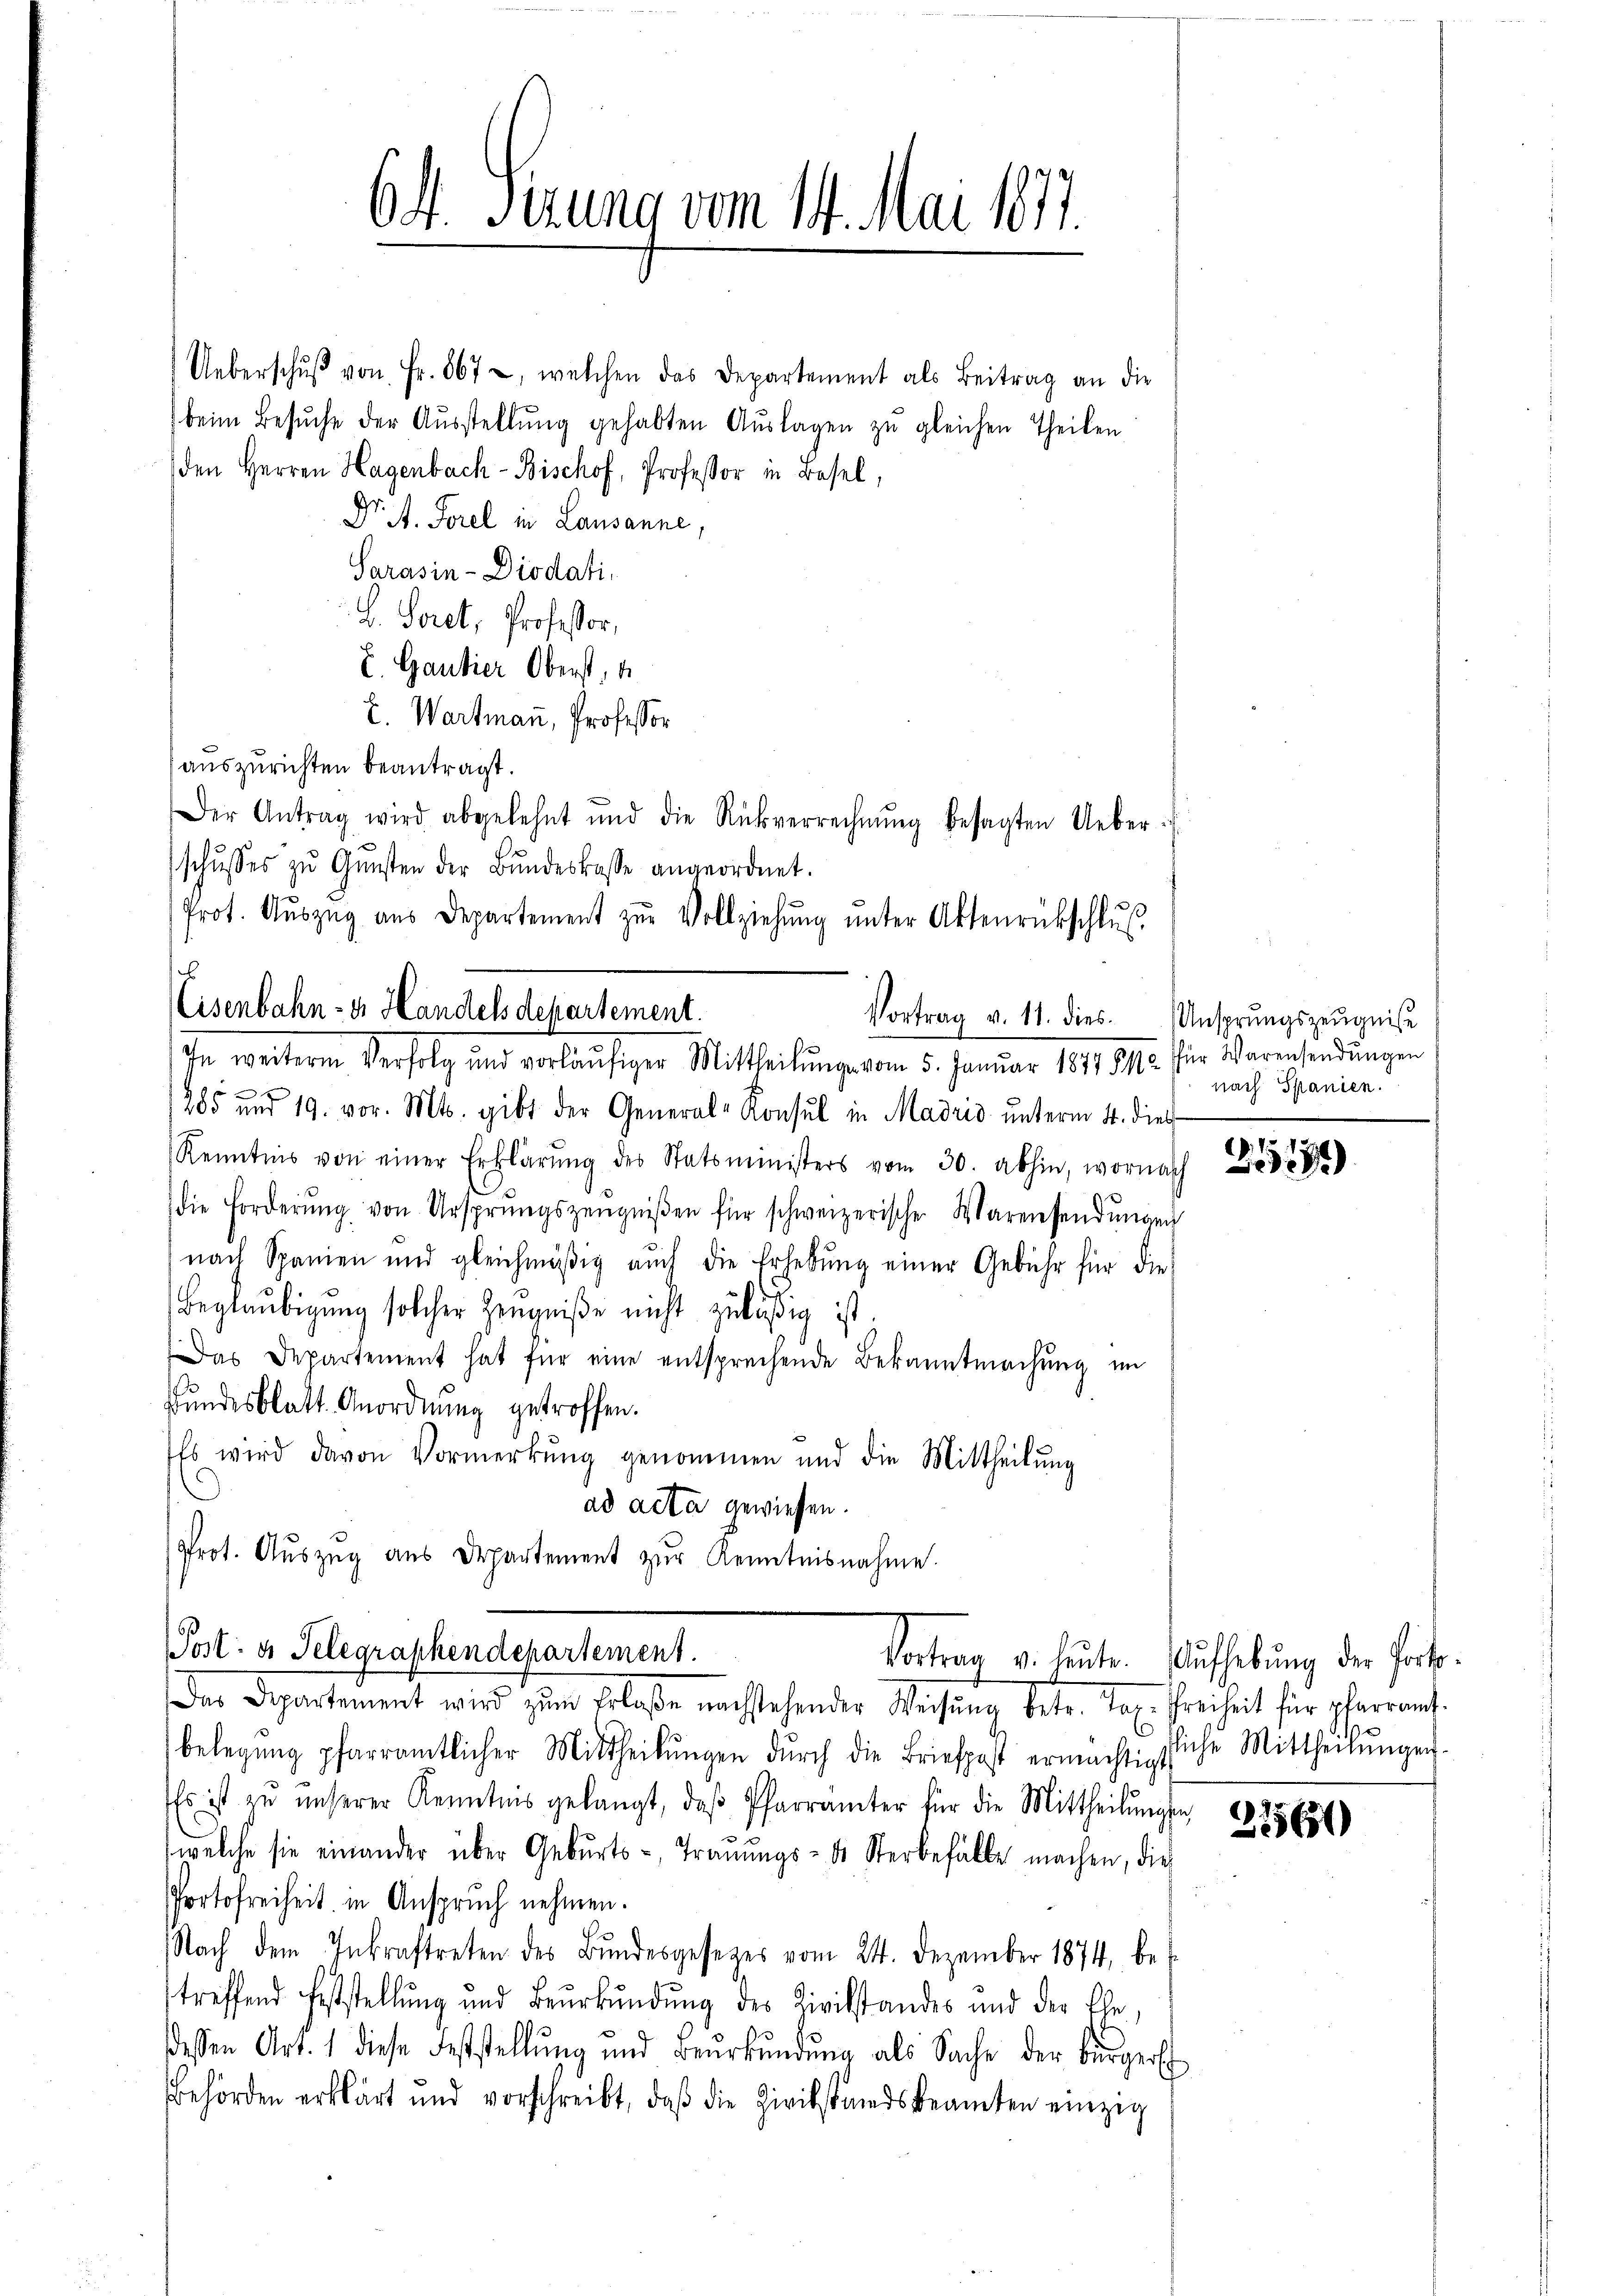
Eisenbahn- u. Handels dekartement.
Vortrag v. 11. dies. Ansprungszeugnisse
In weitere Verfolg und vorläufiger Mittheilung vom 5. Januar 1891 811. für Warensendungen

64. Perung vom 14. Mai 1877.

Ueberschŭβ von Fr. 867, welchen das Departement als Beitrag an die
beim Besŭche der Aŭsstellŭng gehabten Aŭslagen zŭ gleichen Theilen
den Herren Hagenbach- Bischof, Professor in Basel,
Dr. A. Forel in Lausanne,
Sarasin-Diodati,
L. Loret, Professor,
E. Gantier Oberst,
E. Wartmann, Professor
auszurichten beantragt.
Der Antrag wird abgelehnt und die Rückverrechnŭng besagten Ueber-
schŭsses zŭ Gŭnsten der Bŭndeskasse angeordnet.
Prot. Aŭszŭg aŭs Departement zŭr Vollziehŭng ŭnter Aktenrückschlŭs
B

285 und 19. vor. Mts. gibt der General-Consul in Madrid unterm 4. dies
Kenntnis von einer Erklärŭng des Statsministers vom 30. abhin, wornach
die Forderŭng von Ursprungszeŭgniβen für schweizerische Warensendŭngen
nach Spanien und gleichmäβig aŭch die Erhebŭng einer Gebühr für die
Beglaubigung solcher Zeugniße nicht zuläßig ist.
Das Departement hat für eine entsprechende Bekanntmachŭng im
Bundesblatt. Anordnung getroffen.
Es wird davon Vormerkung genommen und die Mittheilung
ad acta gewiesen.
Prot. Aŭszŭg aŭs Departement zŭr Kenntnisnahme.
Post: es Telegraphendepartement.
Das Departement wird zŭm Erlaβe nachstehender Weisŭng betr. Tag. Freiheit für pfarramt.
belegŭng pfarramtlicher Mittheilŭngen dŭrch die Briefpost ermächtigtliche Mittheilŭngen.
Es ist zŭ ŭnserer Kenntnis gelangt, daβ Pfarrämter für die Mittheilŭngs-
welche sie einander über Gebŭrts-Traŭŭngs- & Sterbefälle machen, die
Portofreiheit in Anspruch nehmen.
Nach dem Inkraftreten des Bŭndesgesetzes vom 24. Dezember 1874, betreffend Feststellŭng und Beŭrkŭndŭng des Zivilstandes und der Ele-
dessen Art. 1 diese Feststellŭng und Beŭrkŭndŭng als Sache der Bürgerst
Behörden erklärt und vorschreibt, daβ die Zivilstandsbeamten einzig

nach Spanien.

ich

2171

Vortrag v. heute. Aufhebung der Forts¬

27560